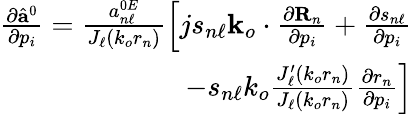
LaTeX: \begin{array}{r}{\frac{\partial\hat{\mathbf{a}}^{0}}{\partial p_{i}}=\frac{a_{n\ell}^{0E}}{J_{\ell}\left(k_{o}r_{n}\right)}\left[js_{n\ell}\mathbf{k}_{o}\cdot\frac{\partial\mathbf{R}_{n}}{\partial p_{i}}+\frac{\partial s_{n\ell}}{\partial p_{i}}\right.}\\ {\left.-s_{n\ell}k_{o}\frac{J_{\ell}^{\prime}\left(k_{o}r_{n}\right)}{J_{\ell}\left(k_{o}r_{n}\right)}\frac{\partial r_{n}}{\partial p_{i}}\right]}\end{array}